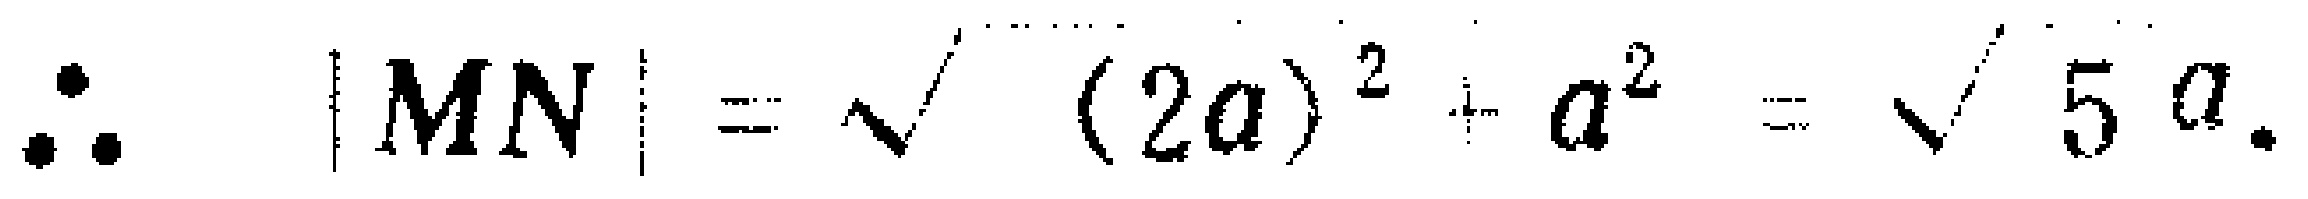
\(\therefore\quad |MN|=\sqrt{(2a)^{2}+a^{2}}=\sqrt{5}a.\)